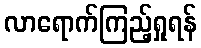
လာရောက်ကြည့်ရှုရန်